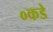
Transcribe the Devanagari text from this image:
०कडे